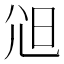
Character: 𡯒